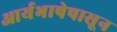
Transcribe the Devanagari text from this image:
आर्यभाषेपासून